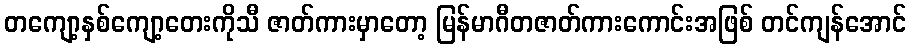
တကျော့နှစ်ကျော့တေးကိုသီ ဇာတ်ကားမှာတော့ မြန်မာဂီတဇာတ်ကားကောင်းအဖြစ် တင်ကျန်အောင်